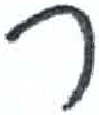
אות: ר